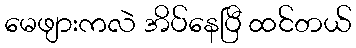
မေဖျားကလဲ အိပ်နေပြီ ထင်တယ်